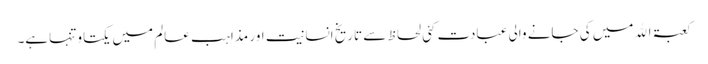
کعبۃ اﷲمیں کی جانے والی عبادت کئی لحاظ سے تاریخ انسانیت اور مذاہب عالم میں یکتاو تنہاہے۔